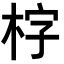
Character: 𣑑